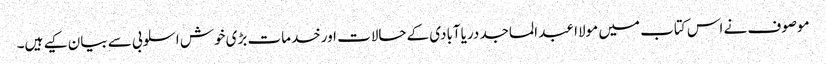
موصوف نے اس کتاب میں مولاا عبد الماجد دریاآبادی کےحالات اورخدمات بڑی خوش اسلوبی سے بیان کیے ہیں۔